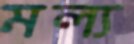
মল্য